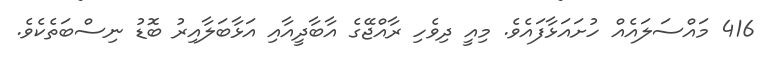
416 މައްސަލައެއް ހުށައަޅާފައެވެ. މިއީ ދިވެހި ރާއްޖޭގެ އާބާދީއާއި އަޅާބަލާއިރު ބޮޑު ނިސްބަތެކެވެ.